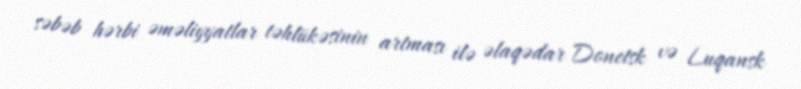
səbəb hərbi əməliyyatlar təhlükəsinin artması ilə əlaqədar Donetsk və Luqansk